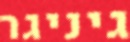
גיניגר